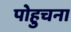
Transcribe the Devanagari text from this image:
पोहुचना